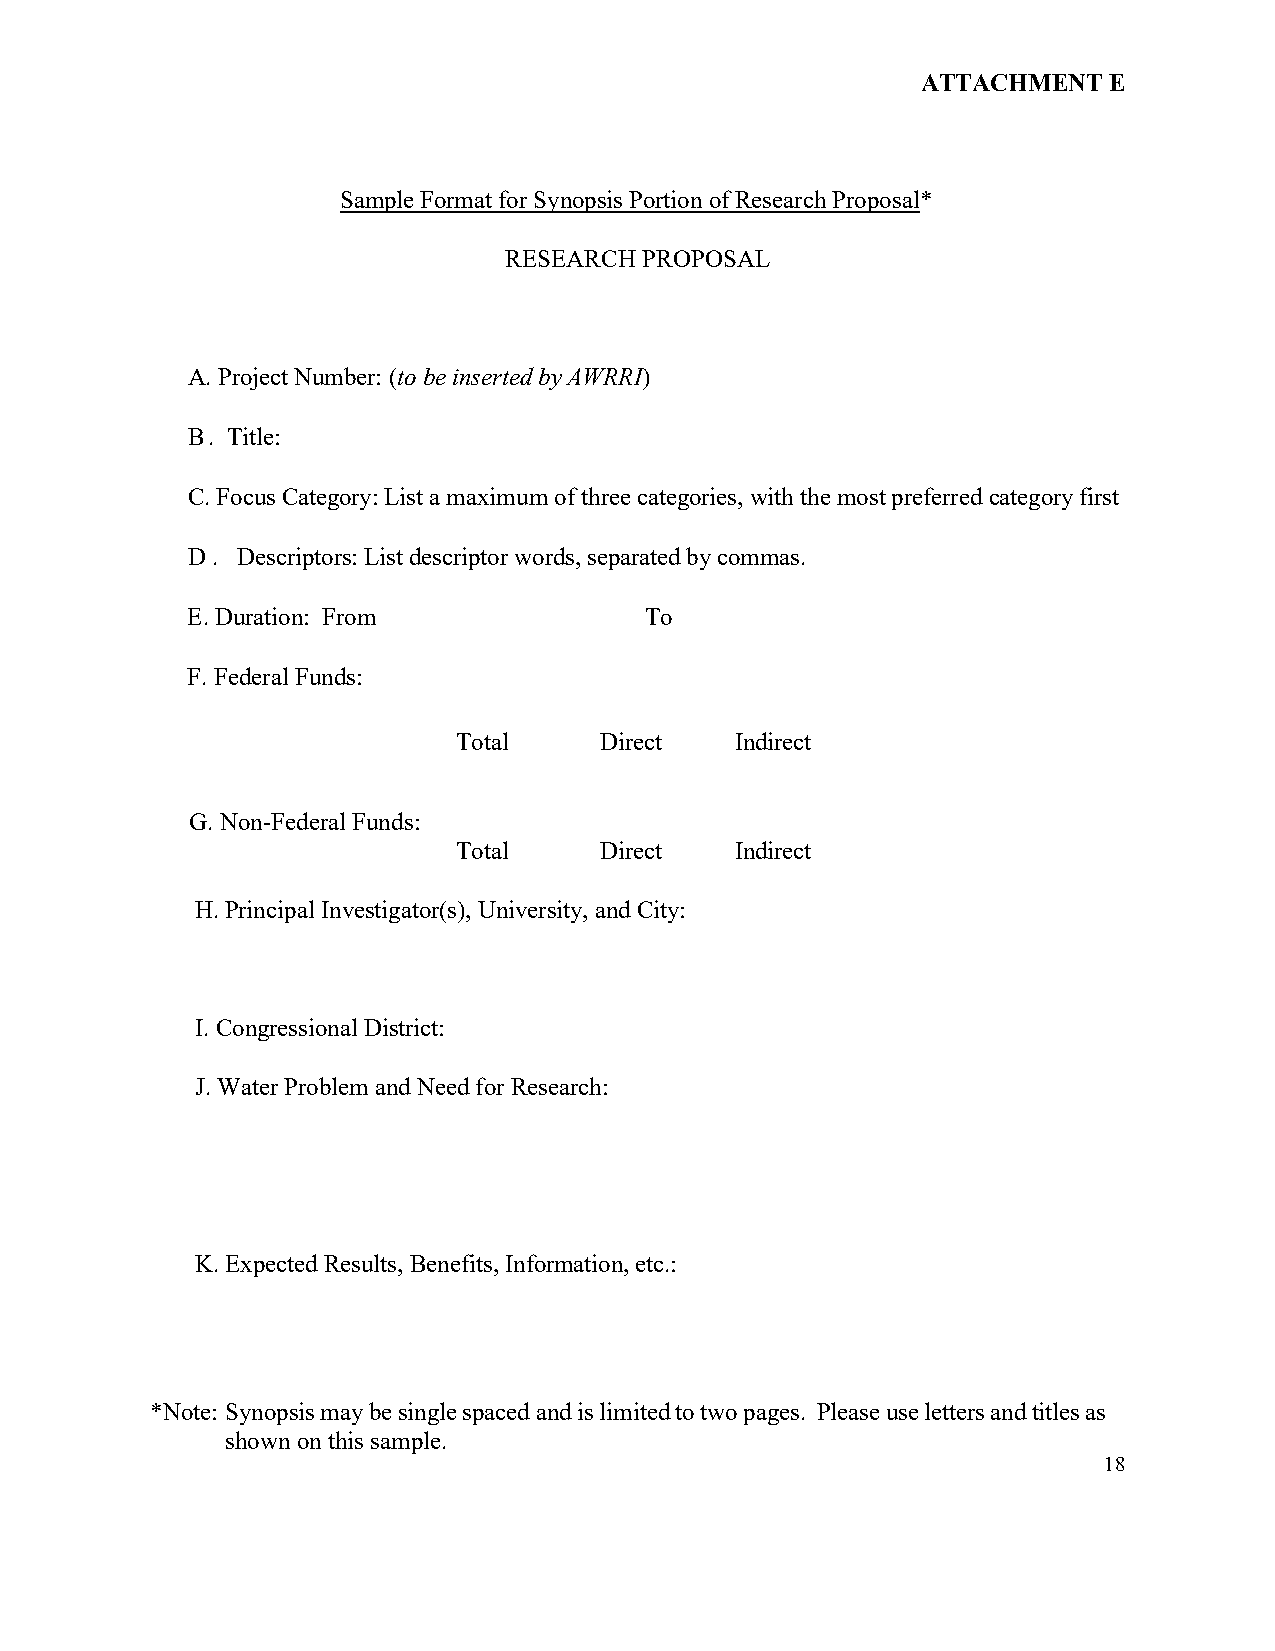
ATTACHMENT  E
 Sample Format for Synopsis Portion of Research Proposal*
 RESEARCH  PROPOSAL
 A. Project Number: (to be inserted by AWRRI)
 B. Title:
 C. Focus Category: List a maximum of three categories, with the most preferred category first
 D.  Descriptors: List descriptor words, separated by commas.
 E. Duration: From              To
 F. Federal Funds:
 Total     Direct   Indirect
 G. Non-Federal Funds:
 Total     Direct   Indirect
 H. Principal Investigator(s), University, and City:
 I. Congressional District:
 J. Water Problem and Need for Research:
 K. Expected Results, Benefits, Information, etc.:
 *Note: Synopsis may be single spaced and is limited to two pages. Please use letters and titles as
 shown on this sample.
 18